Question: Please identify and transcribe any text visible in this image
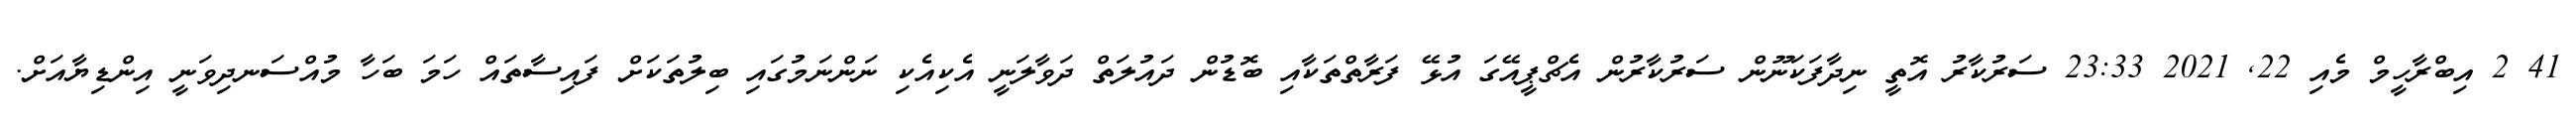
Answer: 41 2 އިބްރާހީމް މެއި 22, 2021 23:33 ސަރުކާރު އޮތީ ނިދާފަކަނޫން ސަރުކާރުން އެޗްޕީއޭގަ އުޅޭ ފަރާތްތަކާއި ބޮޑުން ދައުލަތް ދަވާލަނީ އެކިއެކި ނަންނަމުގައި ބިލުތަކަށް ފައިސާތައް ހަމަ ބަހާ މުއްސަނދިވަނީ އިންޑިޔާއަށް.